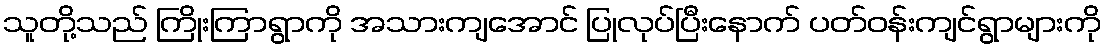
သူတို့သည် ကြိုးကြာရွာကို အသားကျအောင် ပြုလုပ်ပြီးနောက် ပတ်ဝန်းကျင်ရွာများကို